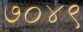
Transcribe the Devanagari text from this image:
७०४९